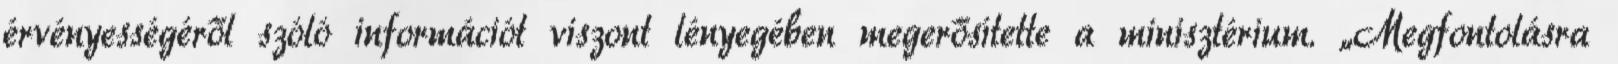
érvényességéről szóló információt viszont lényegében megerősítette a minisztérium. „Megfontolásra